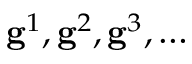
\mathbf { g } ^ { 1 } , \mathbf { g } ^ { 2 } , \mathbf { g } ^ { 3 } , \dots